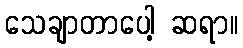
သေချာတာပေါ့ ဆရာ။